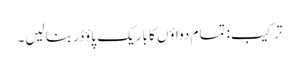
ترکیب: تمام دواؤں کا باریک پاؤڈر بنا لیں۔